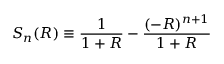
S _ { n } ( R ) \equiv \frac { 1 } { 1 + R } - \frac { ( - R ) ^ { n + 1 } } { 1 + R }